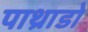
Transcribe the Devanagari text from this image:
पाथ्राडो